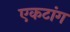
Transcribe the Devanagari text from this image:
एकटांग